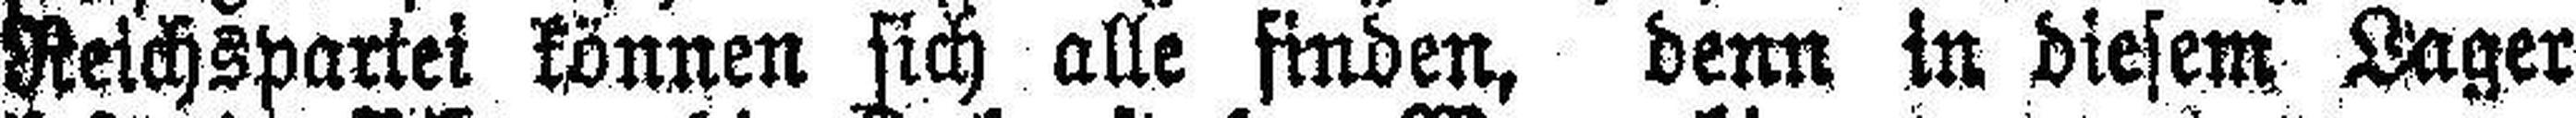
Reichspartei können sich alle finden, denn in diesem Lager